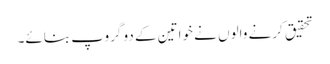
تحقیق کرنے والوں نے خواتین کے دو گروپ بنائے۔